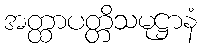
အတ္ထာပတ္တိသမုဋ္ဌာနံ